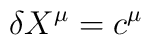
\delta X^{\mu}= c^{\mu}